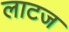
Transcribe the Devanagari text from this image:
लाटज